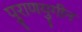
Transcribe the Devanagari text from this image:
पुराणयुगीन